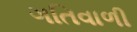
ગતિવાળી